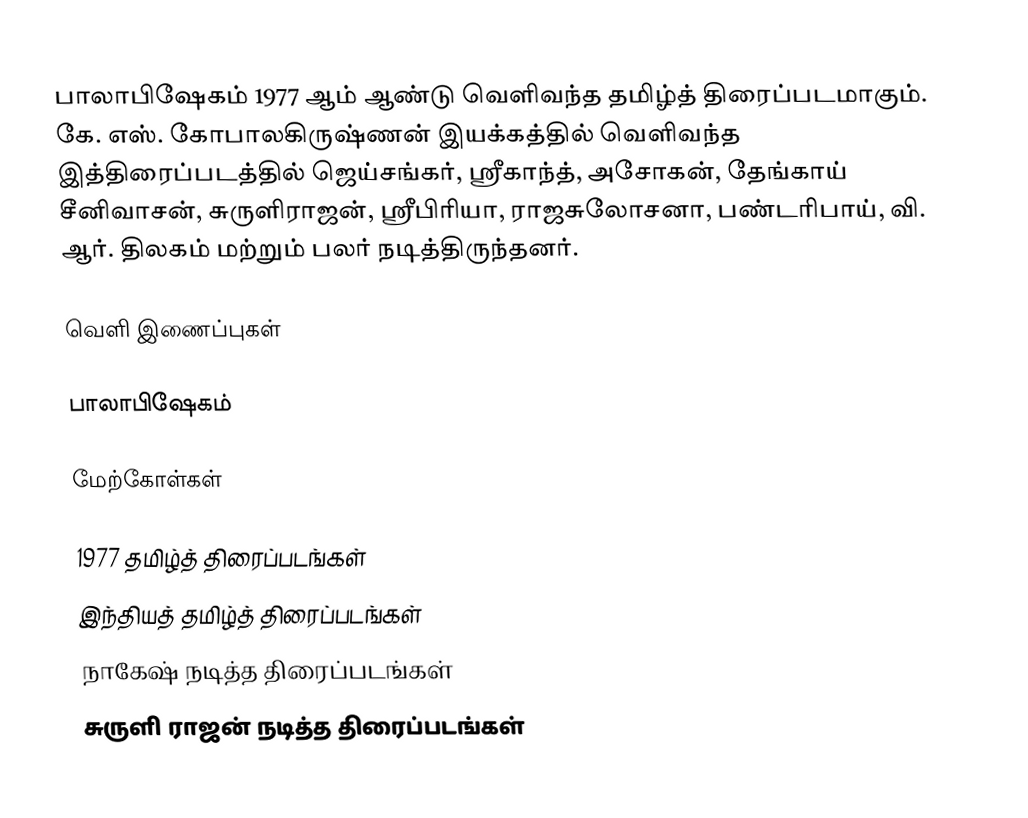
பாலாபிஷேகம் 1977 ஆம் ஆண்டு வெளிவந்த தமிழ்த் திரைப்படமாகும். கே. எஸ். கோபாலகிருஷ்ணன் இயக்கத்தில் வெளிவந்த இத்திரைப்படத்தில் ஜெய்சங்கர், ஸ்ரீகாந்த், அசோகன், தேங்காய் சீனிவாசன், சுருளிராஜன், ஸ்ரீபிரியா, ராஜசுலோசனா, பண்டரிபாய், வி. ஆர். திலகம் மற்றும் பலர் நடித்திருந்தனர்.

வெளி இணைப்புகள்

 பாலாபிஷேகம்

மேற்கோள்கள்

1977 தமிழ்த் திரைப்படங்கள்
இந்தியத் தமிழ்த் திரைப்படங்கள்
நாகேஷ் நடித்த திரைப்படங்கள்
சுருளி ராஜன் நடித்த திரைப்படங்கள்